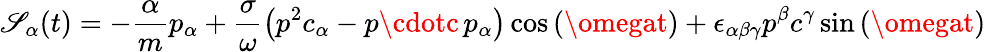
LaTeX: \mathscr{S}_{\alpha}(t)=-\frac{\alpha}{m}p_{\alpha}+\frac{\sigma}{\omega}\left(p^{2}c_{\alpha}-p\cdotc\, p_{\alpha}\right)\cos\left(\omegat\right)+\epsilon_{\alpha\beta\gamma}p^{\beta}c^{\gamma}\sin\left(\omegat\right)